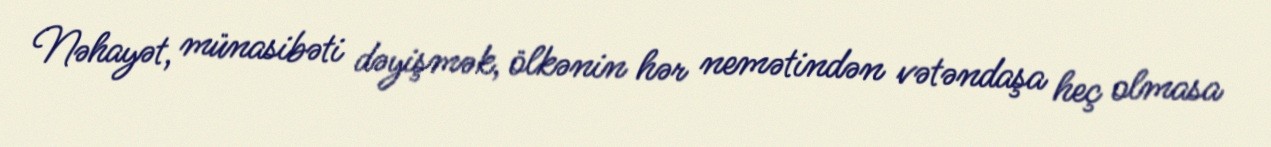
Nəhayət, münasibəti dəyişmək, ölkənin hər nemətindən vətəndaşa heç olmasa